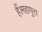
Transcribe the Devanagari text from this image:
हैं।महापुरा